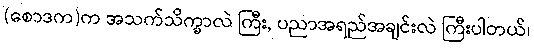
(စောဒက)က အသက်သိက္ခာလဲ ကြီး, ပညာအရည်အချင်းလဲ ကြီးပါတယ်၊